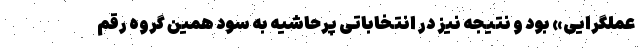
عملگرایی» بود و نتیجه نیز در انتخاباتی پرحاشیه به سود همین گروه رقم